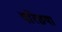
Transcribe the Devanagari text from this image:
परिछया